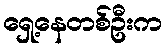
ရှေ့နေတစ်ဦးက